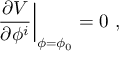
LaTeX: \left. \frac { \partial V } { \partial \phi ^ { i } } \right| _ { \phi = \phi _ { 0 } } = 0 ~ ,